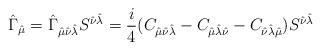
LaTeX: \begin{align*}\hat\Gamma_{\hat\mu}=\hat\Gamma_{\hat\mu\hat\nu\hat\lambda}S^{\hat\nu \hat\lambda}=\frac{i}{4}(C_{\hat\mu \hat\nu \hat\lambda}-C_{\hat\mu \hat\lambda \hat\nu}-C_{\hat\nu \hat\lambda \hat\mu})S^{\hat\nu\hat\lambda}\end{align*}